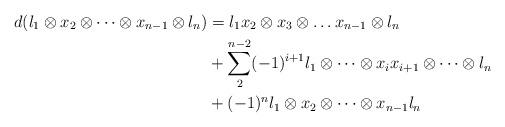
LaTeX: \begin{align*}d(l_1\otimes x_2\otimes \dots\otimes x_{n-1}\otimes l_n) &= l_1x_2\otimes x_3\otimes \dots x_{n-1}\otimes l_n \\&+\sum_2^{n-2}(-1)^{i+1} l_1\otimes \dots\otimes x_ix_{i+1}\otimes \dots\otimes l_n \\&+(-1)^n l_1\otimes x_2\otimes \dots \otimes x_{n-1}l_n\end{align*}